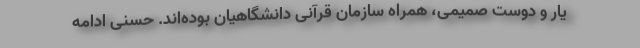
یار و دوست صمیمی، همراه سازمان قرآنی دانشگاهیان بوده‌اند. حسنی ادامه